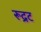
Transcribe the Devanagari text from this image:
रूद्रट